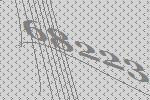
68223